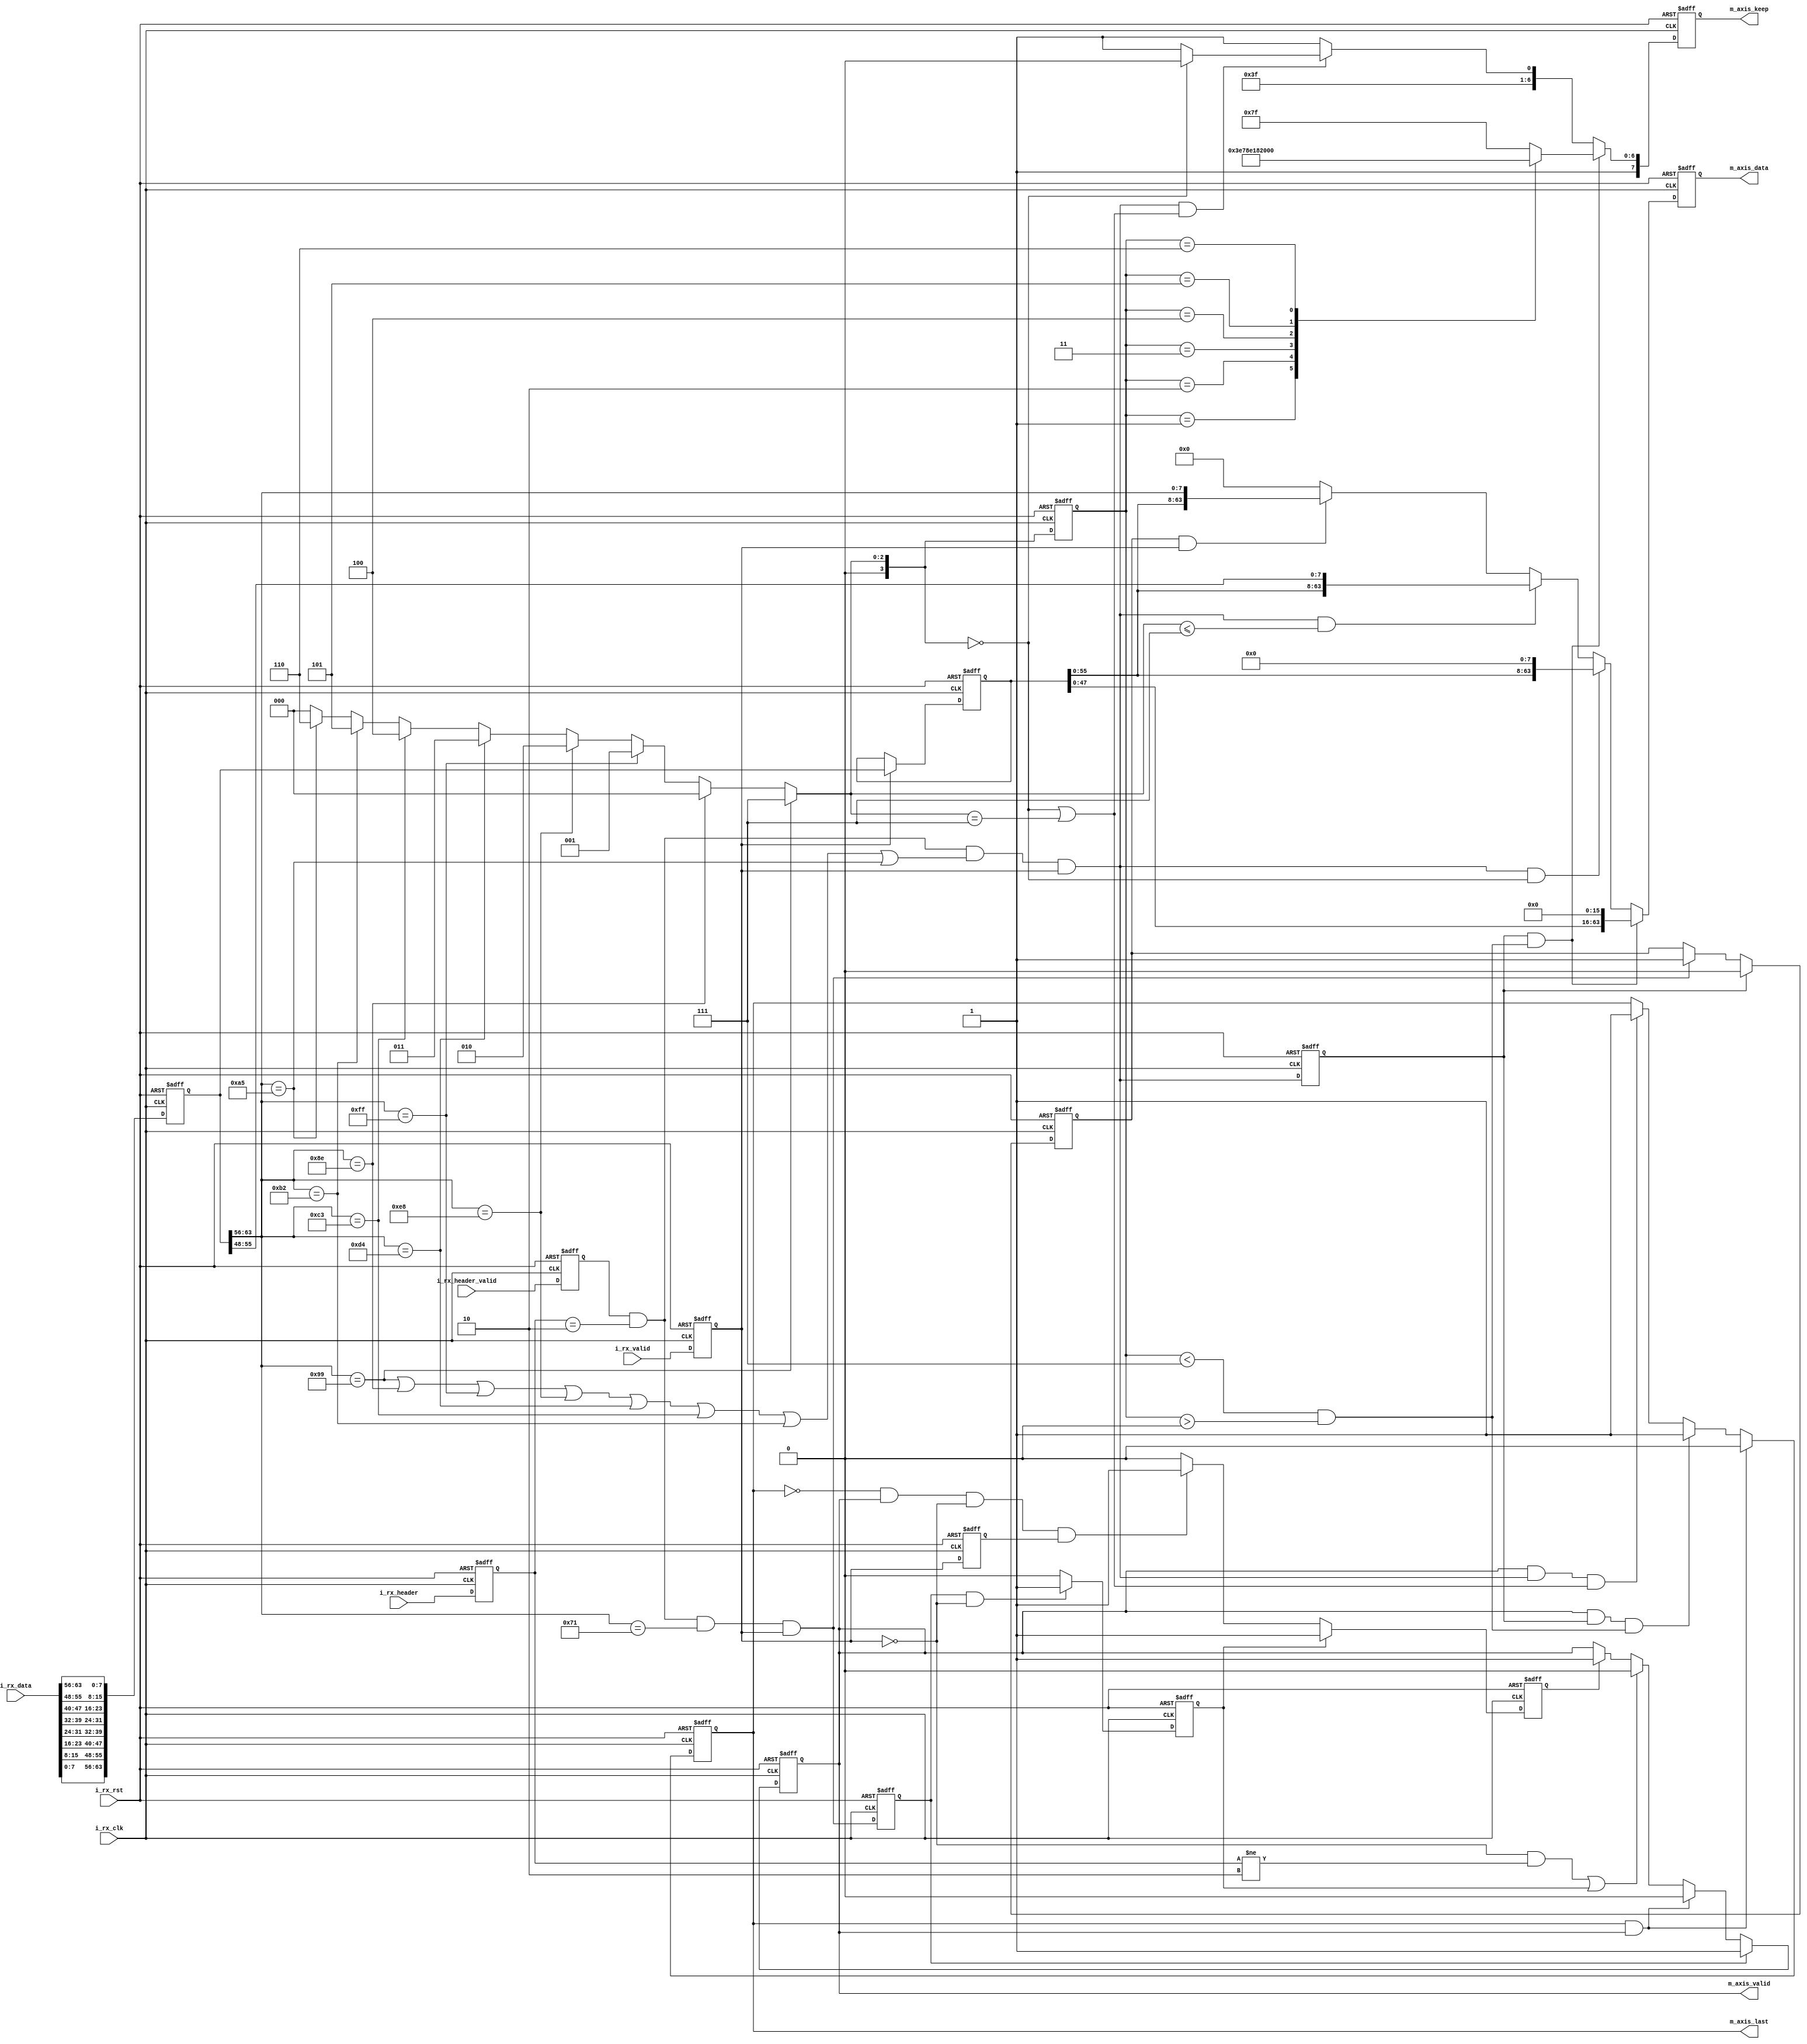
`timescale 1ns / 1ps
//////////////////////////////////////////////////////////////////////////////////
// Company: 
// Engineer: 
// 
// Design Name: 
// Module Name: PHY_rx
// Project Name: 
// Target Devices: 
// Tool Versions: 
// Description: 
// 
// Dependencies: 
// 
// Revision:
// Revision 0.01 - File Created
// Additional Comments:
// 
//////////////////////////////////////////////////////////////////////////////////


module PHY_rx(
    input                   i_rx_clk                    ,
    input                   i_rx_rst                    ,
    input  [63:0]           i_rx_data                   ,
    input                   i_rx_valid                  ,
    input  [1 :0]           i_rx_header                 ,
    input                   i_rx_header_valid           ,

    output [63:0]           m_axis_data                 ,
    output [7 :0]           m_axis_keep                 ,
    output                  m_axis_last                 ,
    output                  m_axis_valid                
);

reg  [63:0]                 rm_axis_data                ;
reg  [7 :0]                 rm_axis_keep                ;
reg                         rm_axis_last                ;
reg                         rm_axis_valid               ;
reg  [63:0]                 ri_rx_data                  ;
reg  [63:0]                 ri_rx_data_1d               ;
reg                         ri_rx_valid                 ;
reg                         ri_rx_valid_1d              ;
reg  [1 :0]                 ri_rx_header                ;
reg  [0 :0]                 ri_rx_header_valid          ;
reg                         r_receiving                 ;
reg                         r_eof                       ;
reg  [3 :0]                 r_eof_local                 ;
reg                         r_sof                       ;
reg                         r_revalid                   ;
reg                         r_invalid                   ;


wire [63:0]                 w_rx_data                   ;
wire                        w_sof                       ;
wire                        w_eof_s1                    ;
wire                        w_eof                       ;
wire [3 :0]                 w_eof_local                 ;             
wire [3 :0]                 w_eof_local_s1              ; 

assign m_axis_data  = rm_axis_data;

//
assign w_rx_data    = { i_rx_data[7 : 0],i_rx_data[15: 8],i_rx_data[23:16],i_rx_data[31:24],
                        i_rx_data[39:32],i_rx_data[47:40],i_rx_data[55:48],i_rx_data[63:56]};


assign m_axis_keep   = rm_axis_keep                     ;
assign m_axis_last   = rm_axis_last                     ;
assign m_axis_valid  = rm_axis_valid                    ;
assign w_sof         = ri_rx_header_valid & ri_rx_header == 2'b10 & ri_rx_data[63:56] == 8'h71 & ri_rx_valid;

assign w_eof         = ri_rx_header_valid & ri_rx_header == 2'b10 & 
                       (ri_rx_data[63:56] == 8'h99 ||
                        ri_rx_data[63:56] == 8'h8e ||
                        ri_rx_data[63:56] == 8'hff ||
                        ri_rx_data[63:56] == 8'he8 ||
                        ri_rx_data[63:56] == 8'hd4 ||
                        ri_rx_data[63:56] == 8'hc3 ||
                        ri_rx_data[63:56] == 8'hb2 ||
                        ri_rx_data[63:56] == 8'ha5 
                       )& ri_rx_valid;

assign w_eof_s1     = i_rx_header_valid & i_rx_header == 2'b10 & 
                       (w_rx_data[63:56] == 8'h99 ||
                        w_rx_data[63:56] == 8'h8e ||
                        w_rx_data[63:56] == 8'hff ||
                        w_rx_data[63:56] == 8'he8 ||
                        w_rx_data[63:56] == 8'hd4 ||
                        w_rx_data[63:56] == 8'hc3 ||
                        w_rx_data[63:56] == 8'hb2 ||
                        w_rx_data[63:56] == 8'ha5 
                       )& i_rx_valid;

//byte78byte
assign w_eof_local =    ri_rx_data[63:56] == 8'h99 ? 7 : 
                        ri_rx_data[63:56] == 8'h8e ? 0 :
                        ri_rx_data[63:56] == 8'hff ? 1 :
                        ri_rx_data[63:56] == 8'he8 ? 2 :
                        ri_rx_data[63:56] == 8'hd4 ? 3 :
                        ri_rx_data[63:56] == 8'hc3 ? 4 :
                        ri_rx_data[63:56] == 8'hb2 ? 5 :
                        ri_rx_data[63:56] == 8'ha5 ? 6 :
                        'd0;
//w_eof_local
assign w_eof_local_s1 = w_rx_data[63:56] == 8'h99 ? 7 : 
                        w_rx_data[63:56] == 8'h8e ? 0 :
                        w_rx_data[63:56] == 8'hff ? 1 :
                        w_rx_data[63:56] == 8'he8 ? 2 :
                        w_rx_data[63:56] == 8'hd4 ? 3 :
                        w_rx_data[63:56] == 8'hc3 ? 4 :
                        w_rx_data[63:56] == 8'hb2 ? 5 :
                        w_rx_data[63:56] == 8'ha5 ? 6 :
                        'd0;

always@(posedge i_rx_clk,posedge i_rx_rst)
begin
    if(i_rx_rst) begin
        ri_rx_data          <= 'd0;
        ri_rx_valid         <= 'd0;
        ri_rx_valid_1d      <= 'd0;
        ri_rx_header        <= 'd0;
        ri_rx_header_valid  <= 'd0;
        
    end else begin
        ri_rx_data          <= w_rx_data            ;
        ri_rx_valid         <= i_rx_valid           ;
        ri_rx_valid_1d      <= ri_rx_valid          ;
        ri_rx_header        <= i_rx_header          ;
        ri_rx_header_valid  <= i_rx_header_valid    ;
        
    end 
end

always@(posedge i_rx_clk,posedge i_rx_rst)
begin
    if(i_rx_rst)
        ri_rx_data_1d       <= 'd0;
    else if(ri_rx_valid)
        ri_rx_data_1d       <= ri_rx_data           ;
    else 
        ri_rx_data_1d       <= ri_rx_data_1d        ;
end
always@(posedge i_rx_clk,posedge i_rx_rst)
begin
    if(i_rx_rst) begin
        r_sof <= 'd0;
        r_eof <= 'd0;
        r_eof_local <= 'd0;
    end else begin
        r_sof <= w_sof;
        r_eof <= w_eof;
        r_eof_local <= w_eof_local;
    end
end

always@(posedge i_rx_clk,posedge i_rx_rst)
begin
    if(i_rx_rst)
        r_receiving <= 'd0;
    else if(r_eof)
        r_receiving <= 'd0;
    else if(w_sof)
        r_receiving <= 'd1;
    else 
        r_receiving <= r_receiving;
end

always@(posedge i_rx_clk,posedge i_rx_rst)
begin
    if(i_rx_rst)
        rm_axis_data <= 'd0;
    else if(r_eof && (r_eof_local < 7 && r_eof_local > 0))
        rm_axis_data <= {ri_rx_data_1d[47:0],16'd0};  
    else if(w_eof && (w_eof_local == 0))
        rm_axis_data <= {ri_rx_data_1d[55:0],8'd0};
    else if(w_eof && (w_eof_local <= 7))
        rm_axis_data <= {ri_rx_data_1d[55:0],ri_rx_data[55:48]};  
    else if(r_receiving && ri_rx_valid)
        rm_axis_data <= {ri_rx_data_1d[55:0],ri_rx_data[63:56]};
    else 
        rm_axis_data <= 'd0;
end


always@(posedge i_rx_clk,posedge i_rx_rst)
begin
    if(i_rx_rst)
        rm_axis_keep <= 8'b1111_1111;
    else if(r_eof && (r_eof_local < 7 && r_eof_local > 0))
        case(r_eof_local)
            1           :rm_axis_keep <= 8'b1111_1100;
            2           :rm_axis_keep <= 8'b1111_1000;
            3           :rm_axis_keep <= 8'b1111_0000;
            4           :rm_axis_keep <= 8'b1110_0000;
            5           :rm_axis_keep <= 8'b1100_0000;
            6           :rm_axis_keep <= 8'b1000_0000;           
            default     :rm_axis_keep <= 8'b1111_1111;
        endcase
    else if(w_eof && (w_eof_local == 0 || w_eof_local == 7))
        case(w_eof_local)
            0           :rm_axis_keep <= 8'b1111_1110;
            7           :rm_axis_keep <= 8'b1111_1111;            
            default     :rm_axis_keep <= 8'b1111_1111;
        endcase
    else 
        rm_axis_keep <= 8'b1111_1111;
end


always@(posedge i_rx_clk,posedge i_rx_rst)
begin
    if(i_rx_rst)
        rm_axis_last <= 'd0;
    else if(rm_axis_last && rm_axis_valid)
        rm_axis_last <= 'd0;
    else if(rm_axis_valid && r_eof && (r_eof_local < 7 && r_eof_local > 0))
        rm_axis_last <= 'd1;
    else if(rm_axis_valid && w_eof && (w_eof_local == 7 || w_eof_local == 0))
        rm_axis_last <= 'd1;
    else 
        rm_axis_last <= rm_axis_last;
end

always@(posedge i_rx_clk,posedge i_rx_rst)
begin
    if(i_rx_rst)
        rm_axis_valid <= 'd0;
    else if(r_sof)
        rm_axis_valid <= 'd1;
    else if(rm_axis_last && rm_axis_valid)
        rm_axis_valid <= 'd0;
    else if((!ri_rx_valid && ri_rx_header != 2'b10) || r_invalid)
        rm_axis_valid <= 'd0;
    else if(r_revalid)
        rm_axis_valid <= 'd1;
    else 
        rm_axis_valid <= rm_axis_valid;
end

always@(posedge i_rx_clk,posedge i_rx_rst)
begin
    if(i_rx_rst)
        r_revalid <= 'd0;
    else if(r_invalid)
        r_revalid <= 'd1;
    else if(!rm_axis_last && rm_axis_valid && !ri_rx_valid && ri_rx_valid_1d)
        r_revalid <= 'd1;
    else 
        r_revalid <= 'd0;
end

always@(posedge i_rx_clk,posedge i_rx_rst)
begin
    if(i_rx_rst)
        r_invalid <= 'd0;
    else if(r_sof & !ri_rx_valid)
        r_invalid <= 'd1;
    else 
        r_invalid <= 'd0;
end

endmodule